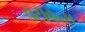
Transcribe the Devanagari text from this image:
पैटीपैन्स